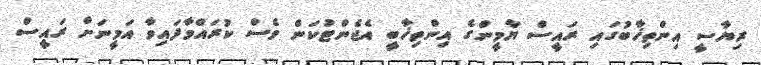
ރިޔާސީ އިންތިޚާބުގައި ރައީސް ޔާމީންގެ އިންތިޚާބީ އެޖެންޓުކަން ވެސް ކުރައްވާފައިވާ އަމީނަށް ރައީސް